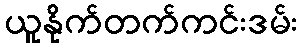
ယူနိုက်တက်ကင်းဒမ်း